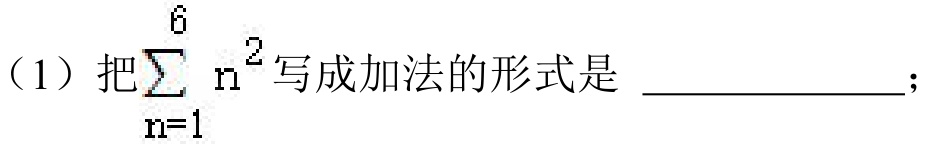
（1）把\(\sum_{n = 1}^{6}n^{2}\)写成加法的形式是  ；